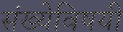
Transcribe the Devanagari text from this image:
संख्येविषयी